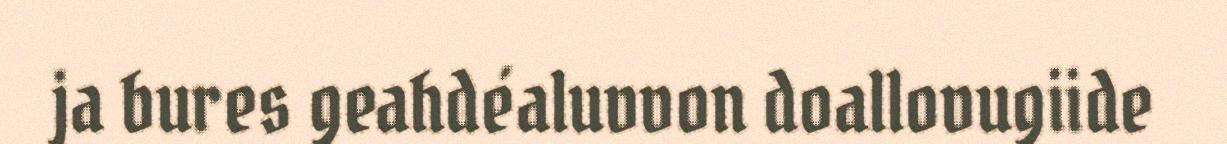
ja bures geahdéaluvvon doallovugiide